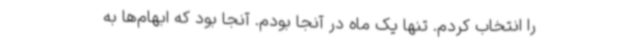
را انتخاب کردم. تنها یک ماه در آنجا بودم. آنجا بود که ابهام‌ها به